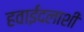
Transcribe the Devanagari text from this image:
हवाईदलाशी